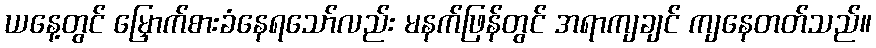
ယနေ့တွင် မြှောက်စားခံနေရသော်လည်း မနက်ဖြန်တွင် အရာကျချင် ကျနေတတ်သည်။